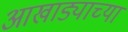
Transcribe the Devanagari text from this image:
आखाड्याच्या